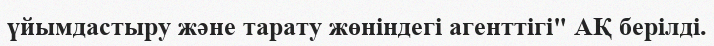
үйымдастыру және тарату жөніндегі агенттігі" АҚ берілді.